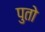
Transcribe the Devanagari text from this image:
पुतो